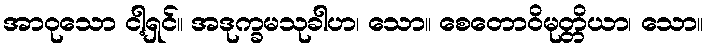
အာဝုသော ငါ့ရှင်။ အဒုက္ခမသုခါဟ၊ သော။ စေတောဝိမုတ္တိယာ၊ သော။